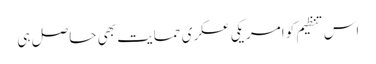
اس تنظیم کو امریکی عسکری حمایت بھی حاصل ہی